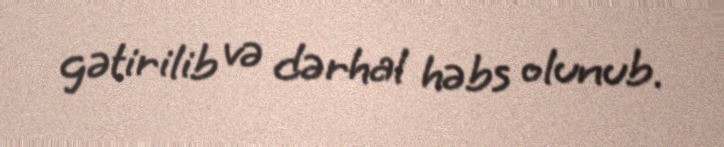
gətirilib və dərhal həbs olunub.